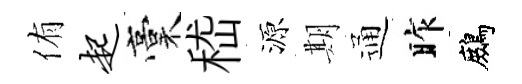
侑起稾嵇源期通昨鷓